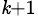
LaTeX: _{\mathit{k}+1}